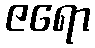
ဇရော